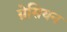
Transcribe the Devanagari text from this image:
ग्रेसियन